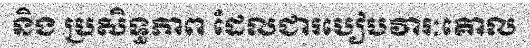
និង ប្រសិទ្ធភាព ដែលជារបៀបវារៈគោល